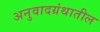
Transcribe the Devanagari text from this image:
अनुवादग्रंथातील